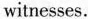
witnesses.